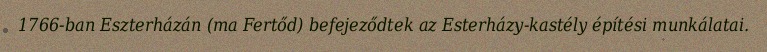
1766-ban Eszterházán (ma Fertőd) befejeződtek az Esterházy-kastély építési munkálatai.